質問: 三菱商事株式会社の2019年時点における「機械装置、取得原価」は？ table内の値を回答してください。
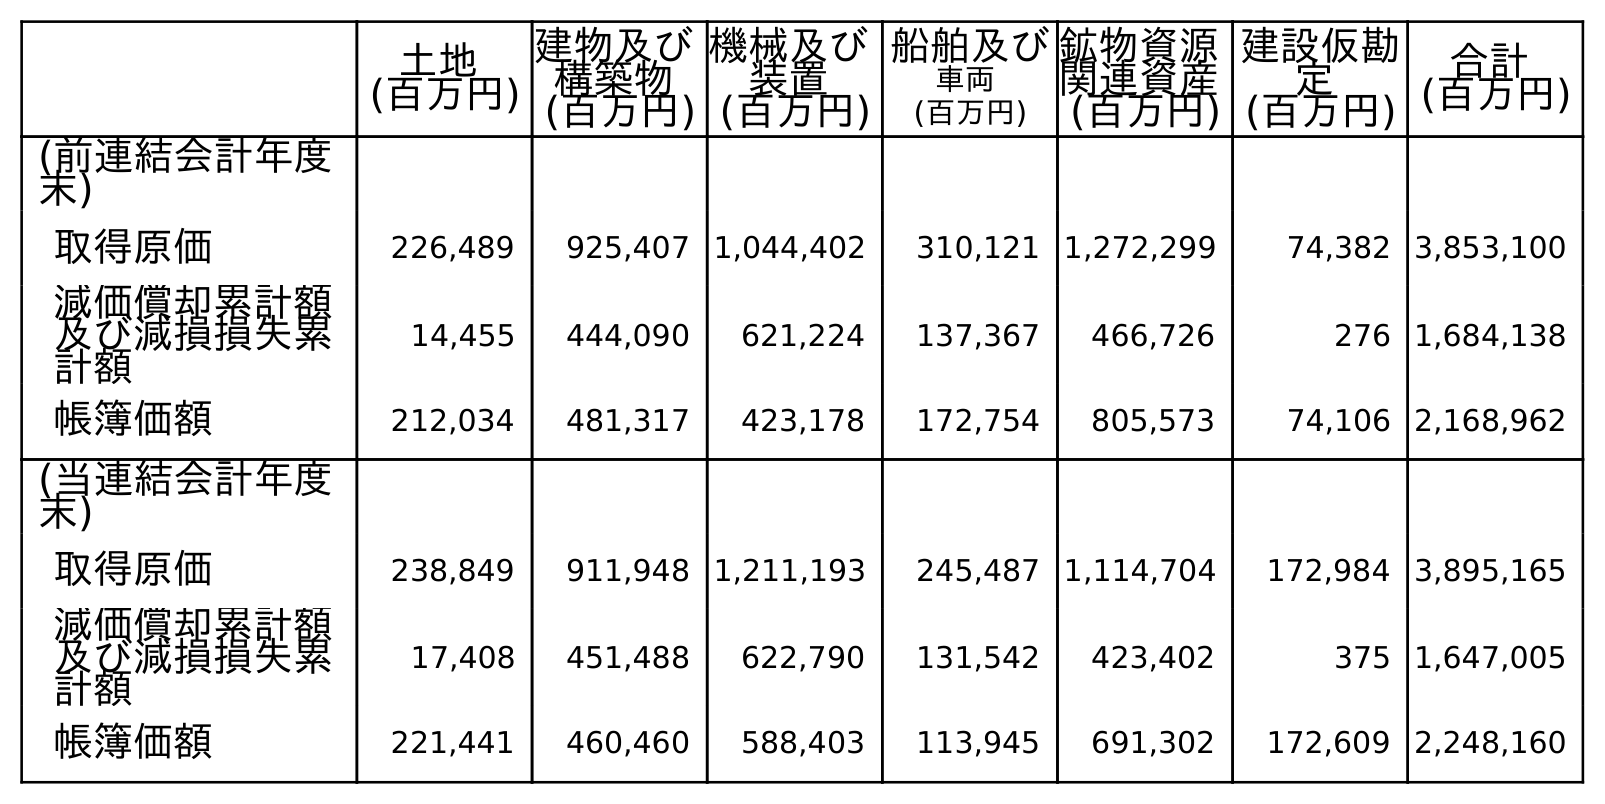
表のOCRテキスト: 土地 (百万円) 建物及び 構築物 (百万円) 機械及び 装置 (百万円) 船舶及び 車両 (百万円) 鉱物資源 関連資産 (百万円) 建設仮勘 定 (百万円) 合計 (百万円) (前連結会計年度 末) 取得原価 226,489 925,407 1,044,402 310,121 1,272,299 74,382 3,853,100 減価償却累計額 及び減損損失累 計額 14,455 444,090 621,224 137,367 466,726 276 1,684,138 帳簿価額 212,034 481,317 423,178 172,754 805,573 74,106 2,168,962 (当連結会計年度 末) 取得原価 238,849 911,948 1,211,193 245,487 1,114,704 172,984 3,895,165 減価償却累計額 及び減損損失累 計額 17,408 451,488 622,790 131,542 423,402 375 1,647,005 帳簿価額 221,441 460,460 588,403 113,945 691,302 172,609 2,248,160
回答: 1,044,402